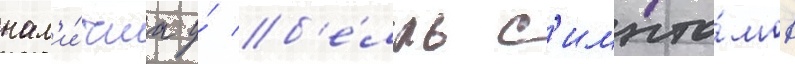
нал'и́чиа у́ б'е́лль с'импто́мов